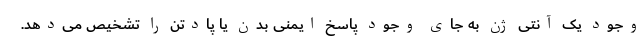
وجود یک آنتی ژن به جای وجود پاسخ ایمنی بدن یا پادتن را تشخیص می‌دهد.